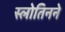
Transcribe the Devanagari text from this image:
स्लोतिनने